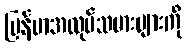
မြန်မာအလုပ်သမားများကို